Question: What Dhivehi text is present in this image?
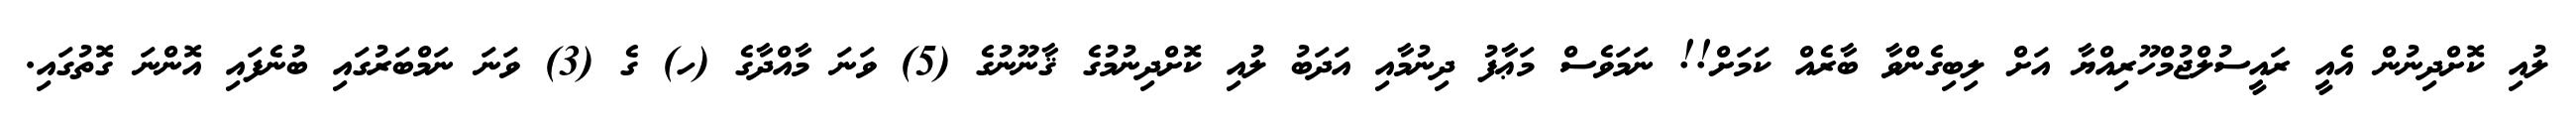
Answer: ލުއި ކޮށްދިނުން އެއީ ރައީސުލްޖުމްހޫރިއްޔާ އަށް ލިބިގެންވާ ބާރެއް ކަމަށް!! ނަމަވެސް މަޢާފު ދިނުމާއި އަދަބު ލުއި ކޮށްދިނުމުގެ ޤާނޫނުގެ (5) ވަނަ މާއްދާގެ (ހ) ގެ (3) ވަނަ ނަމްބަރުގައި ބުނެފައި އޮންނަ ގޮތުގައި.